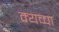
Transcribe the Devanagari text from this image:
क्यच्चा